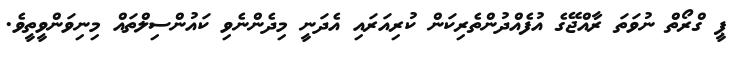
ޕީ ގްރޯތް ނުވަތަ ރާއްޖޭގެ އުފެއްދުންތެރިކަން ކުރިއަރައި އެދަނީ މިދެންނެވި ކައުންސިލްތައް މިނިވަންވީތީވެ.